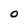
Character: O